DOW-UAP-D48, Department of the Air Force Report, 1996
Agency: Department of War
Incident date: 9/10/96
Page 1
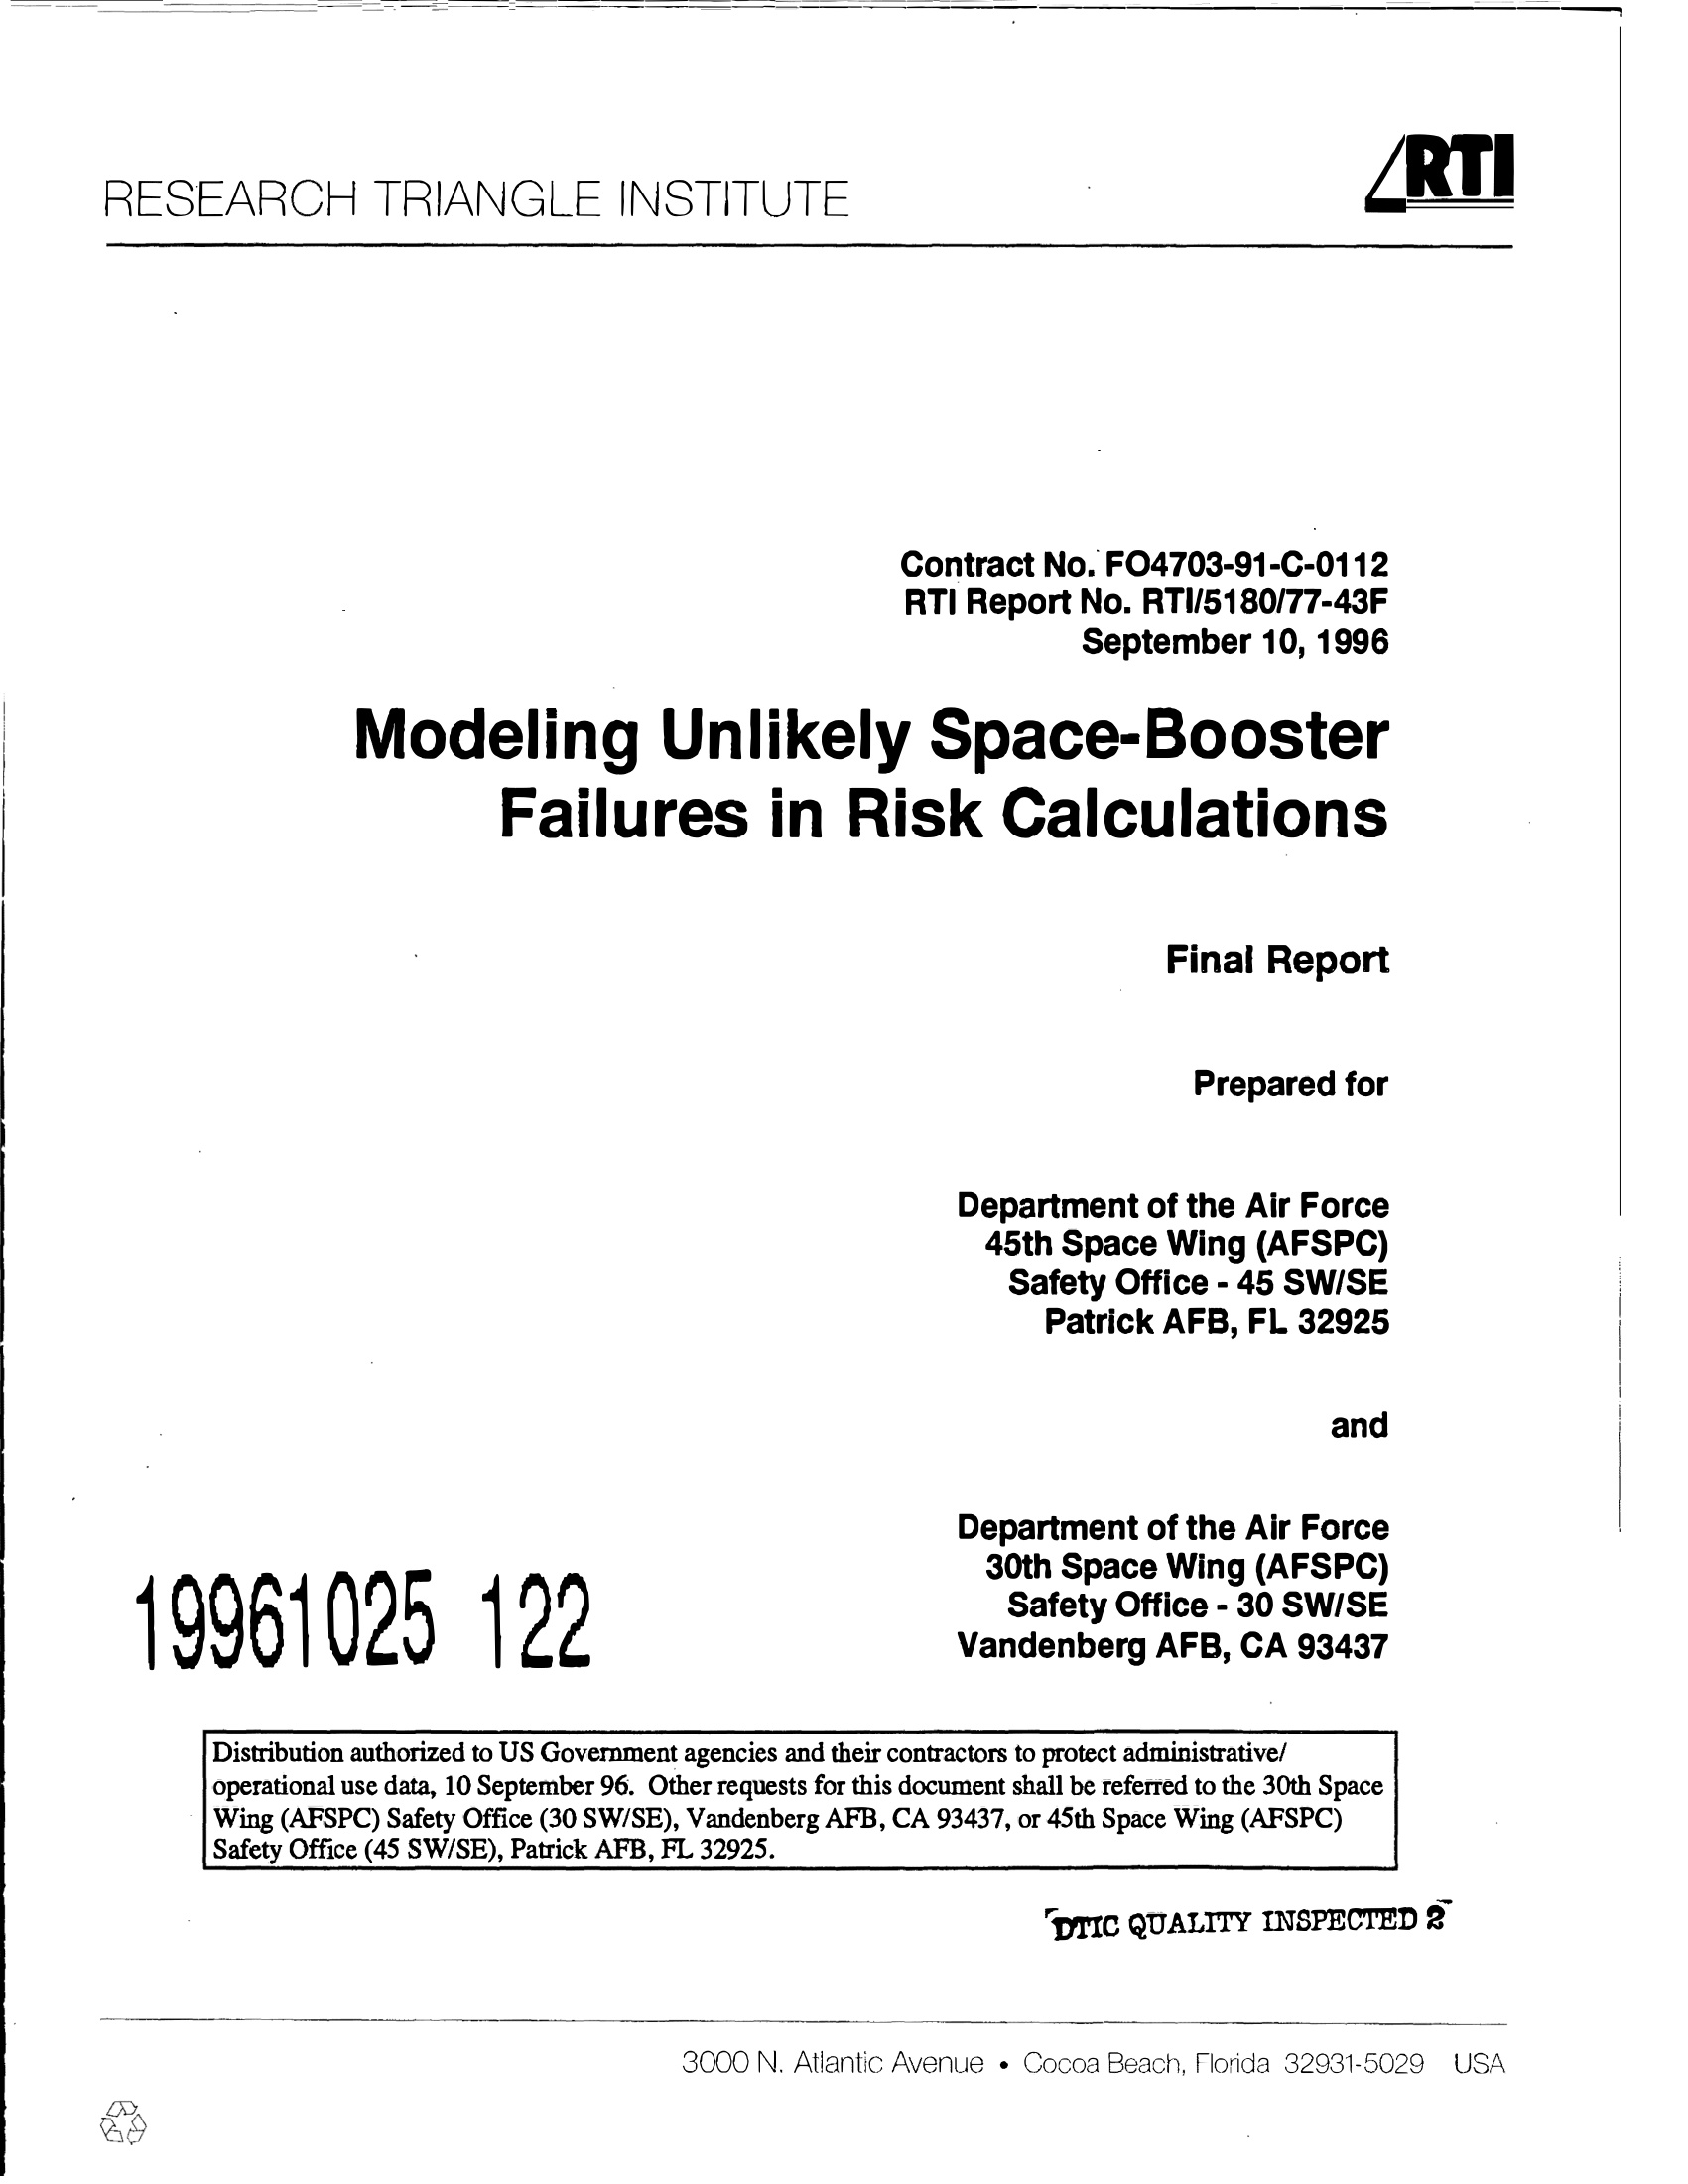